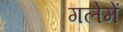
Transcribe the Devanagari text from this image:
गलेमें